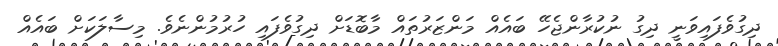
ދިގުވެފައިވަނީ ދިގު ނުކުރާންޖެހޭ ބައެއް މަންޒަރުތައް މާބޮޑަށް ދިގުވެފައި ހުރުމުންނެވެ. މިސާލަކަށް ބައެއް